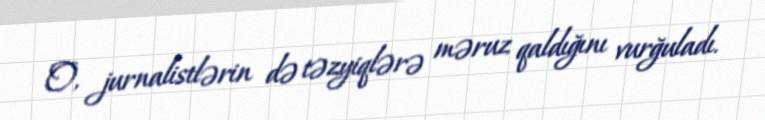
O, jurnalistlərin də təzyiqlərə məruz qaldığını vurğuladı.